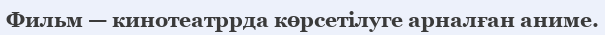
Фильм — кинотеатррда көрсетілуге арналған аниме.